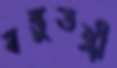
বস্তুতন্ত্রী